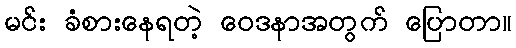
မင်း ခံစားနေရတဲ့ ဝေဒနာအတွက် ပြောတာ။